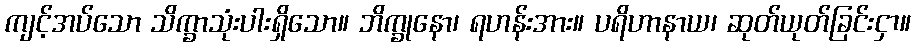
ကျင့်အပ်သော သိက္ခာသုံးပါးရှိသော။ ဘိက္ခုနော၊ ရဟန်းအား။ ပရိဟာနာယ၊ ဆုတ်ယုတ်ခြင်းငှာ။